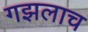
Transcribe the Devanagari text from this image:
गझलाच